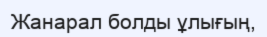
Жанарал болды ұлығың,